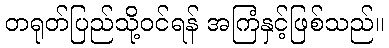
တရုတ်ပြည်သို့ဝင်ရန် အကြံနှင့်ဖြစ်သည်။